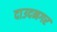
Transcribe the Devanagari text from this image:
दाउदनगर